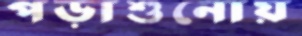
পড়াশুনোয়